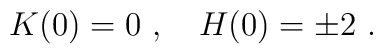
K(0)=0 \ , \quad H(0)=\pm 2\ .